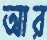
আর